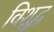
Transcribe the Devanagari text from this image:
विशुद्व